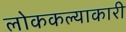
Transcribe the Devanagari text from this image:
लोककल्याकारी